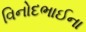
વિનોદભાઈના